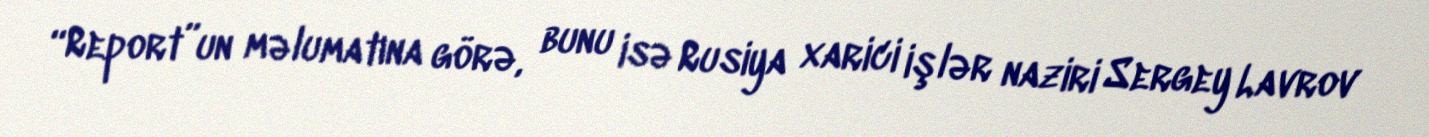
“Report”un məlumatına görə, bunu isə Rusiya xarici işlər naziri Sergey Lavrov